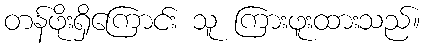
တန်ဖိုးရှိကြောင်း သူ ကြားဖူးထားသည်။